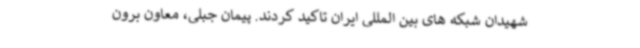
شهیدان شبکه های بین المللی ایران تاکید کردند. پیمان جبلی، معاون برون